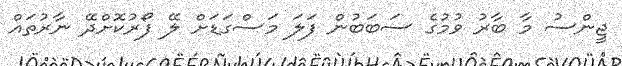
ޖީންސު މާ ބާރު ވުމުގެ ސަބަބުން ފަލަ މަސްގަޑަށް ލޭ ފޯރުކޮށްދޭ ނާރުތައް